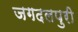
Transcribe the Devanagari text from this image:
जगदलपुरी